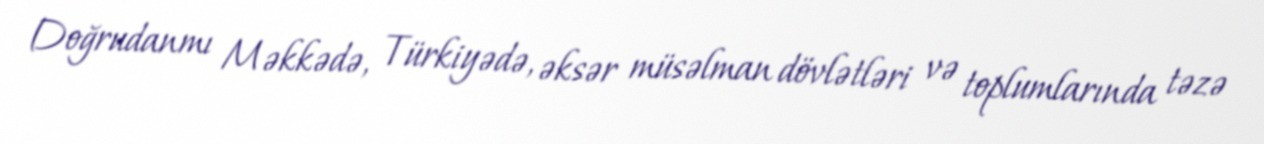
Doğrudanmı Məkkədə, Türkiyədə, əksər müsəlman dövlətləri və toplumlarında təzə